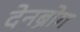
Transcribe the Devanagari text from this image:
देनब्रोग